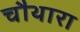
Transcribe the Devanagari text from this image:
चौथारा